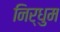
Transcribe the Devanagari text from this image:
निर्धुम